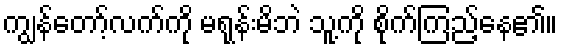
ကျွန်တော့်လက်ကို မရုန်းမိဘဲ သူ့ကို စိုက်ကြည့်နေ၏။